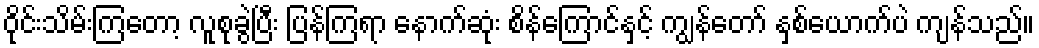
ဝိုင်းသိမ်းကြတော့ လူစုခွဲပြီး ပြန်ကြရာ နောက်ဆုံး စိန်ကြောင်နှင့် ကျွန်တော် နှစ်ယောက်ပဲ ကျန်သည်။